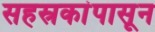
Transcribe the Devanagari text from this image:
सहस्रकांपासून